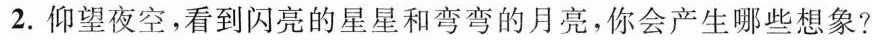
2.仰望夜空，看到闪亮的星星和弯弯的月亮，你会产生哪些想象?